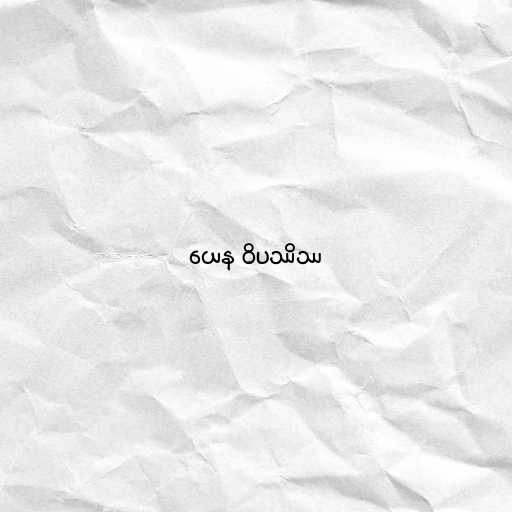
ယေန ဝိပဿိဿ